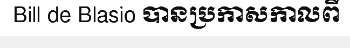
Bill de Blasio បានប្រកាសកាលពី